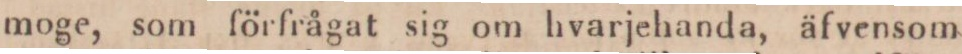
moge, som förfrågat sig om hvarjehanda, äfvensom